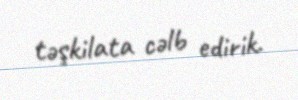
təşkilata cəlb edirik.